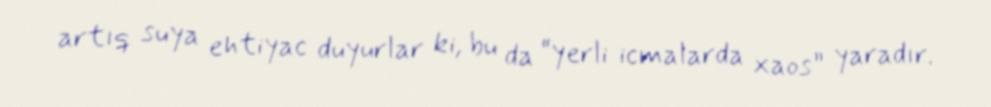
artıq suya ehtiyac duyurlar ki, bu da “yerli icmalarda xaos” yaradır.